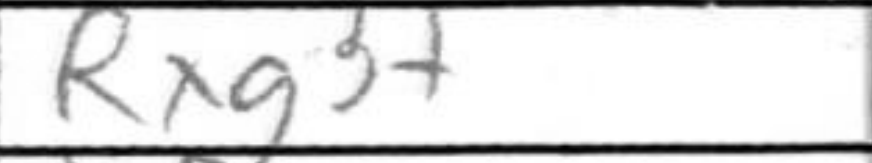
Transcription: Rxg3+